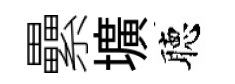
纍壙聴